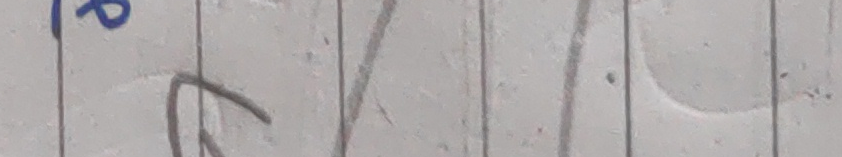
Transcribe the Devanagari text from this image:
१ र